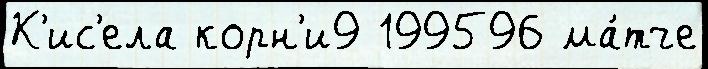
К'ис'ела корн'и9 199596 ма́тче